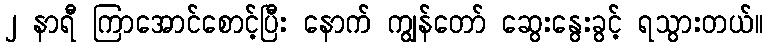
၂ နာရီ ကြာအောင်စောင့်ပြီး နောက် ကျွန်တော် ဆွေးနွေးခွင့် ရသွားတယ်။